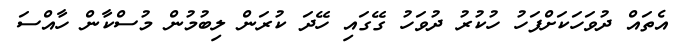
އެތައް ދުވަހަކަށްފަހު ހުކުރު ދުވަހު ގޭގައި ހޭދަ ކުރަން ލިބުމުން މުސްކާން ހާއްސަ